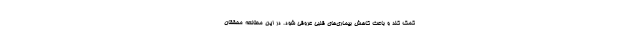
کمک کند و باعث کاهش بیماری‌های قلبی عروقی شود. در این مطالعه محققان